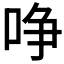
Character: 𠲜